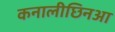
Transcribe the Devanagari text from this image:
कनालीछिनआ